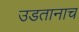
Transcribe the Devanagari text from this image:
उडतानाच